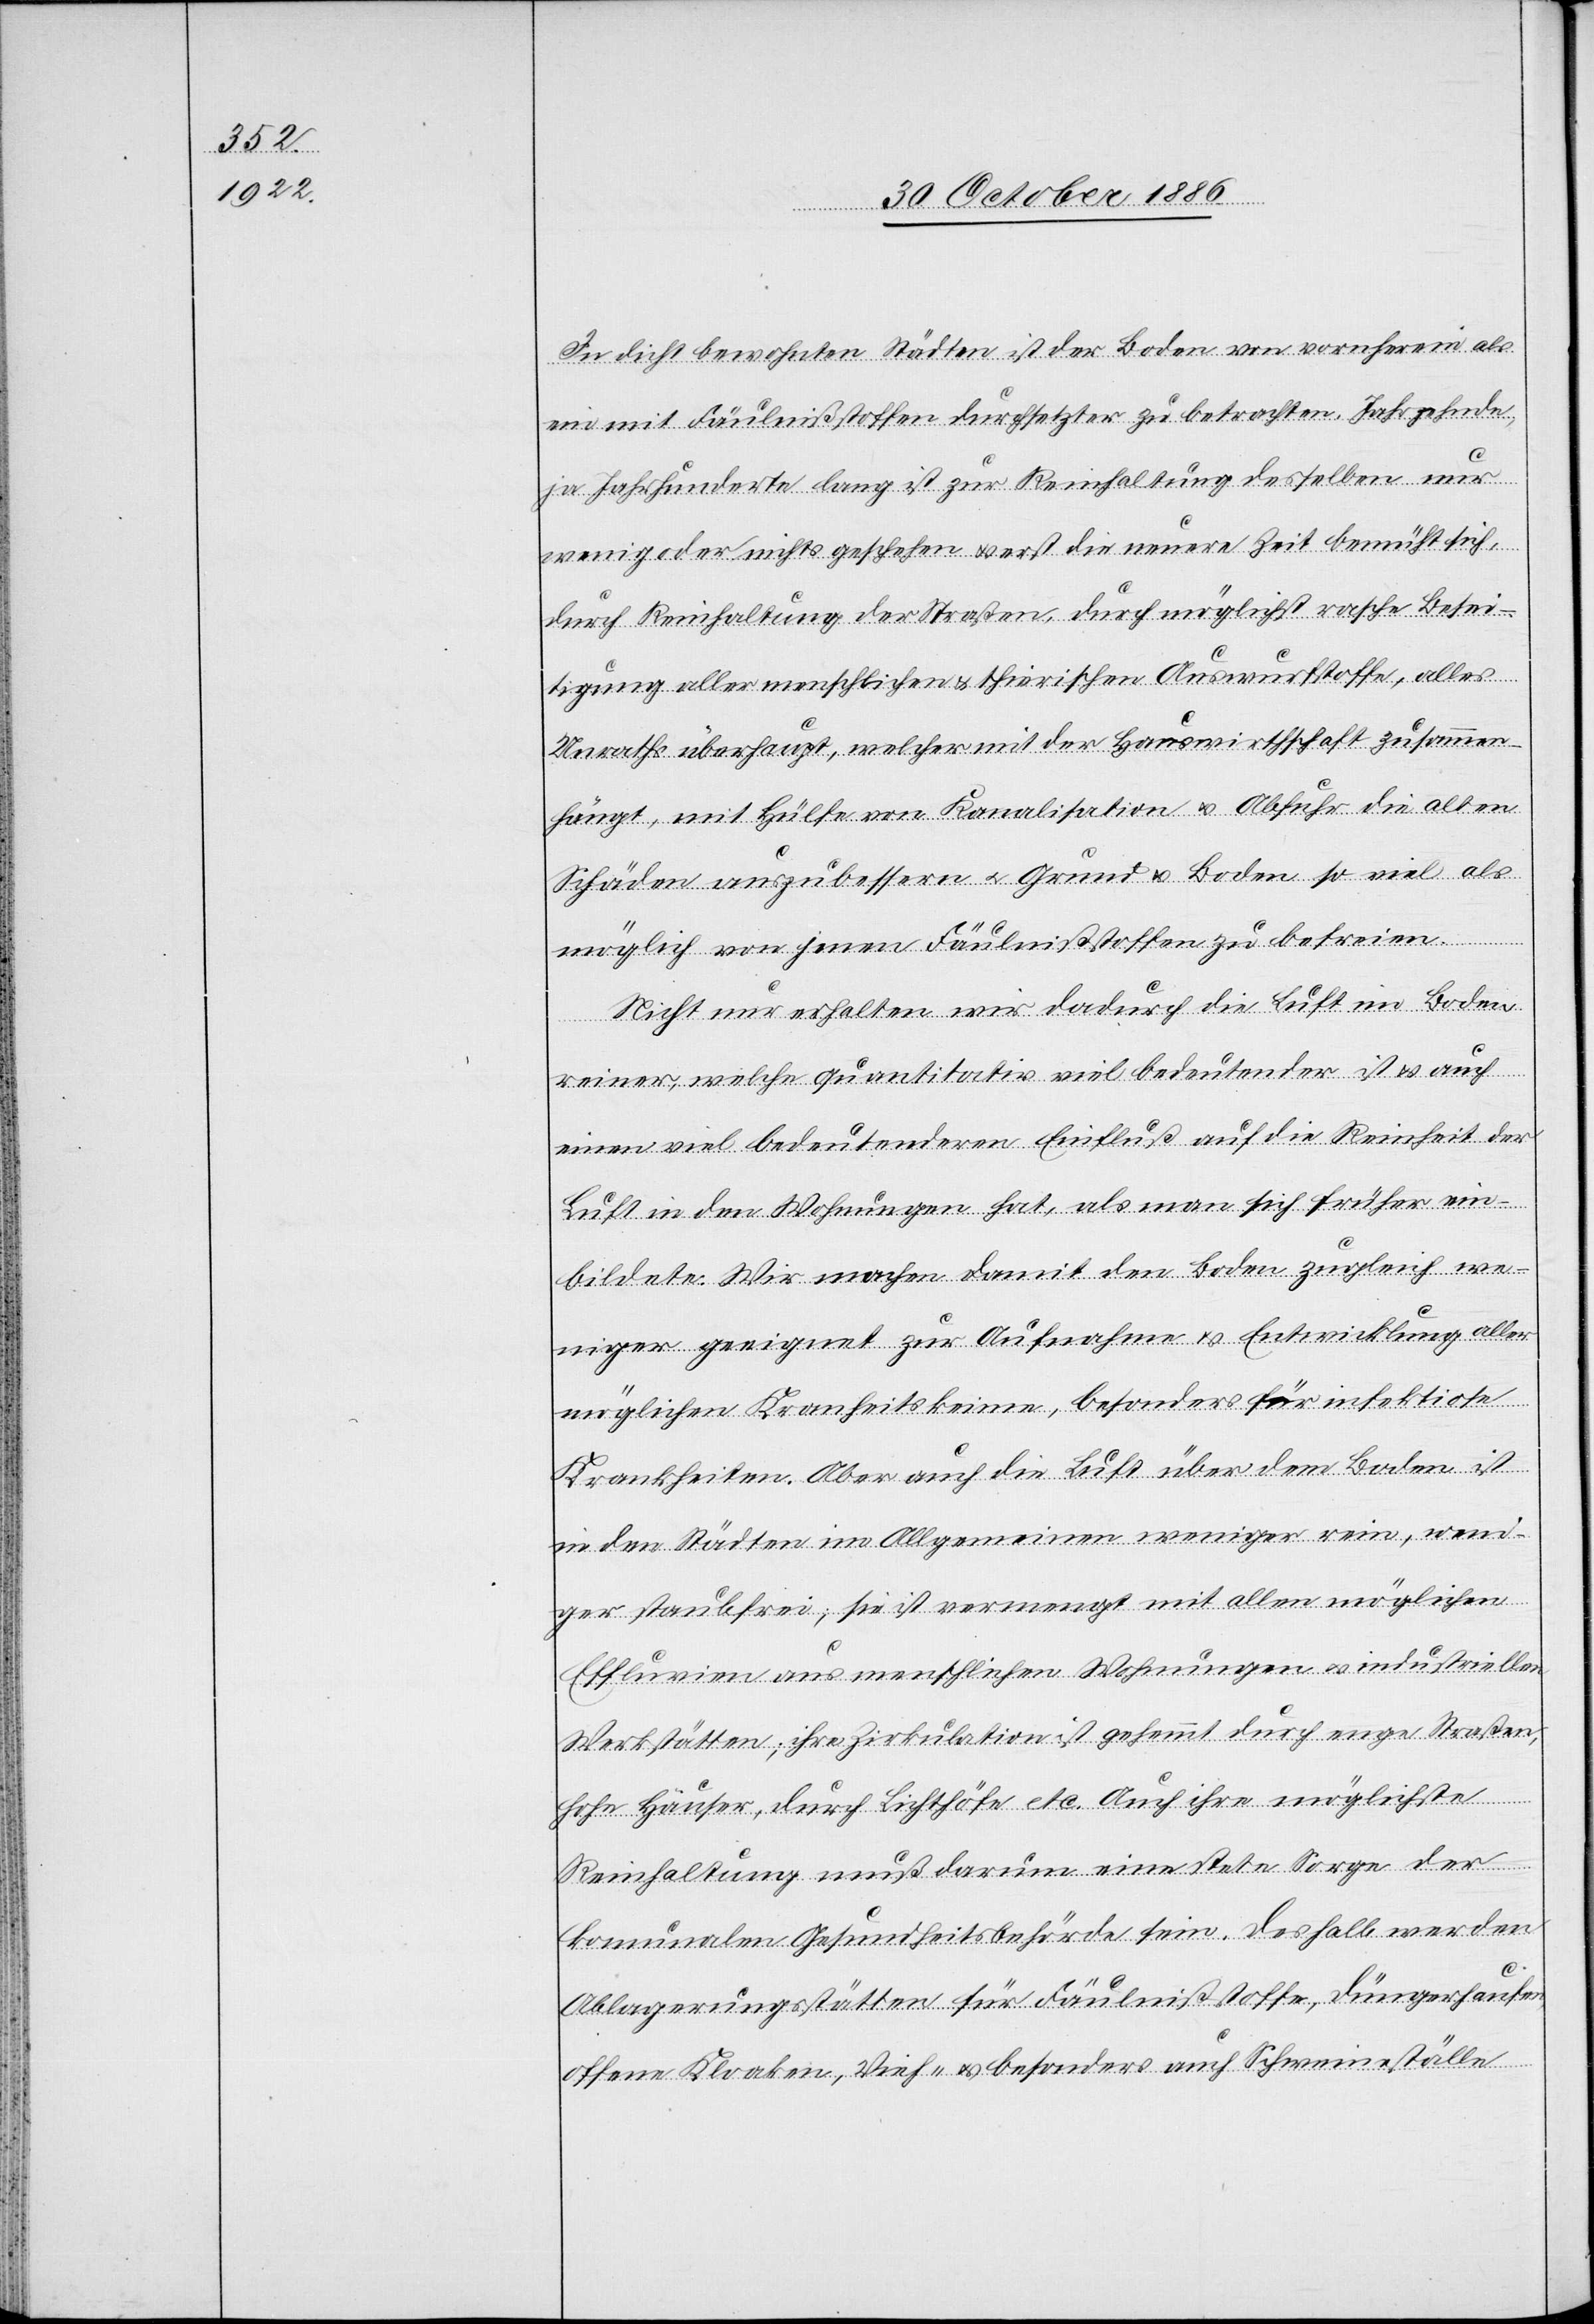
In dicht bewohnten Städten ist der Boden von vornherein als
ein mit Fäulnißstoffen durchsetzter zu betrachten. Jahrzehnde
ja Jahrhunderte lang ist zur Reinhaltung desselben nur
wenig oder nichts geschehen & erst die neuere Zeit bemüht sich,
durch Reinhaltung der Straßen, durch möglichst rasche Besei¬
tigung aller menschlichen & thierischen Auswurfstoffe, alles
Unraths überhaupt, welcher mit der Hauswirthschaft zusammen¬
hängt, mit Hülfe von Kanalisation & Abfuhr die alten
Schäden auszubessern & Grund & Boden so viel als
möglich von jenen Fäulnißstoffen zu befreien.
Nicht nur erhalten wir dadurch die Luft im Boden
reiner, welche quantitativ viel bedeutender ist & auch
einen viel bedeutenderen Einfluß auf die Reinheit der
Luft in den Wohnungen hat, als man sich früher ein¬
bildete. Wir machen damit den Boden zugleich we¬
niger geeignet zur Aufnahme & Entwicklung aller
möglichen Krankheitskeime, besonders für infektiose
Krankheiten. Aber auch die Luft über dem Boden ist
in den Städten im Allgemeinen weniger rein, weni¬
ger staubfrei, sie ist vermengt mit allen möglichen
Effluvien aus menschlichen Wohnungen & industriellen
Werkstätten; ihre Zirkulation ist gehemmt durch enge Straßen,
hohe Häuser, durch Lichthöfe etc. Auch ihre möglichste
Reinhaltung muß darum eine stete Sorge der
komunalen Gesundheitsbehörde sein. Deshalb werden
Ablagerungsstätten für Fäulnißstoffe, Düngerhaufen,
offene Kloaken, Vieh- & besonders auch Schweineställe